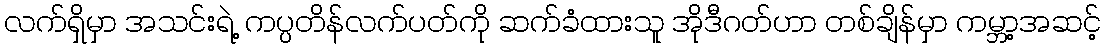
လက်ရှိမှာ အသင်းရဲ့ ကပ္ပတိန်လက်ပတ်ကို ဆက်ခံထားသူ အိုဒီဂတ်ဟာ တစ်ချိန်မှာ ကမ္ဘာ့အဆင့်